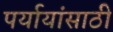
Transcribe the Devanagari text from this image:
पर्यायांसाठी